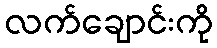
လက်ချောင်းကို